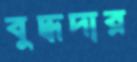
বুদ্ধদার